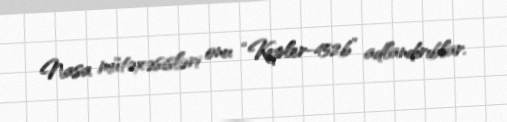
Nasa mütəxəsisləri onu “Kepler-452b” adlandırıblar.